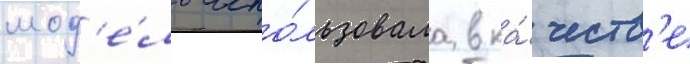
мод'е́ль испо́льзовала в ка́честв'е